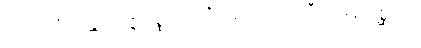
ဂဟဋ္ဌသီလန္တိ ဒဇ္ဇေ ပစ္စဘာသိံ ပဒေသပထဝီကမ္ပနံ ပုစ္ဆာသု